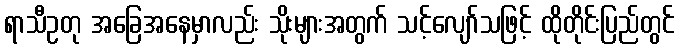
ရာသီဥတု အခြေအနေမှာလည်း သိုးများအတွက် သင့်လျော်သဖြင့် ထိုတိုင်းပြည်တွင်